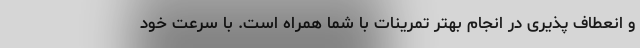
و انعطاف پذیری در انجام بهتر تمرینات با شما همراه است. با سرعت خود